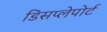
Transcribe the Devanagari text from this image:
डिसप्लेपोर्ट